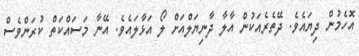
އޮހެމުން ދިޔައެވެ. ދޭތެރެއަކުން އާލާ ދާނިޔަލްއަށް ލޯ އަޅާލައެވެ. އޭނާ މަސައްކަތް ކުރަންވެސް